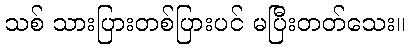
သစ် သားပြားတစ်ပြားပင် မပြီးတတ်သေး။